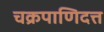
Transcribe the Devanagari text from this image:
चक्रपाणिदत्त